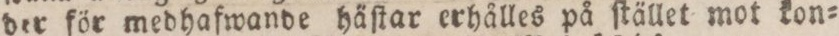
der för medhafwande häſtar erhålles på ſtället mot kon=